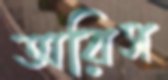
অরিস